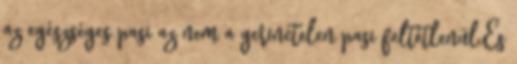
az egészséges pasi az nem a gerinctelen pasi feltétlenül.És